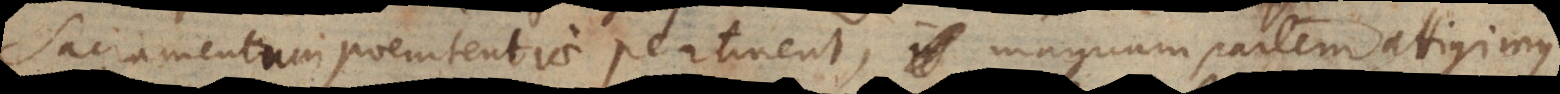
Sacramentum poenitentiae pertinent, magnam partem